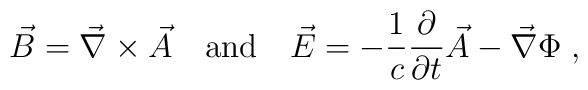
\vec{B} = \vec{\nabla} \times \vec{A} \quad {\rm and} \quad\vec{E} = - \frac{1}{c} \frac{\partial}{\partial t} \vec{A} -\vec{\nabla} \Phi \;,